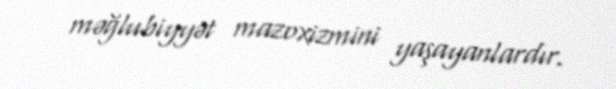
məğlubiyyət mazoxizmini yaşayanlardır.